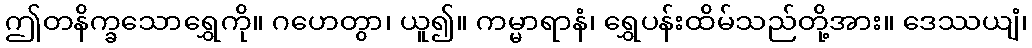
ဤတနိက္ခသောရွှေကို။ ဂဟေတွာ၊ ယူ၍။ ကမ္မာရာနံ၊ ရွှေပန်းထိမ်သည်တို့အား။ ဒေဿယျံ၊